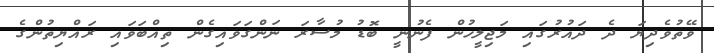
ވޭތުވެދިޔަ ދެ ދައުރުގައި މަޖިލީހުން ފެނުނީ ބޮޑު މުސާރަ ނަންގަވައިގެން ތިއްބަވައި ރައްޔިތުންގެ